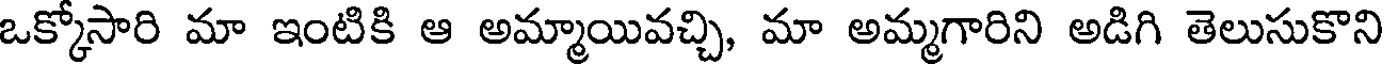
ఒక్కోసారి మా ఇంటికి ఆ అమ్మాయివచ్చి, మా అమ్మగారిని అడిగి తెలుసుకొని